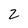
Character: 2